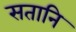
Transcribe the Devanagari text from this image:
सतानि